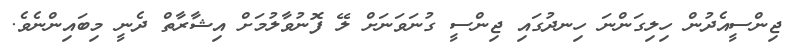
ޖިންސީއެދުން ހިލިގަންނަ ހިނދުގައި ޖިންސީ ގުނަވަނަށް ލޭ ފޮނުވާލުމަށް އިޝާރާތް ދެނީ މިބައިންނެވެ.